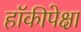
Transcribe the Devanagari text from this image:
हॉकीपेक्षा